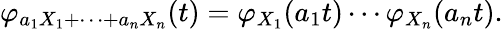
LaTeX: \varphi_{a_{1}X_{1}+\cdots+a_{n}X_{n}}(t)=\varphi_{X_{1}}(a_{1}t)\cdots\varphi_{X_{n}}(a_{n}t).